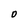
Character: 0